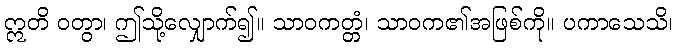
ဣတိ ဝတွာ၊ ဤသို့လျှောက်၍။ သာဝကတ္တံ၊ သာဝက၏အဖြစ်ကို။ ပကာသေသိ၊